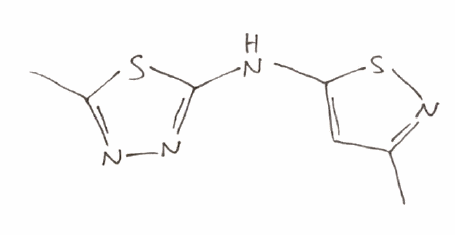
Simplified molecular-input line-entry system (SMILES) notation of the given molecule:
CC1=NSC(=C1)NC2=NN=C(S2)C